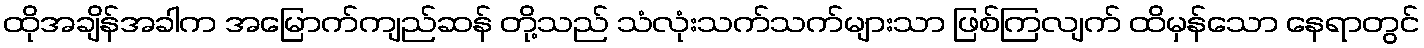
ထိုအချိန်အခါက အမြောက်ကျည်ဆန် တို့သည် သံလုံးသက်သက်များသာ ဖြစ်ကြလျက် ထိမှန်သော နေရာတွင်